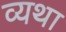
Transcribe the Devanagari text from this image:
व्‍यथा